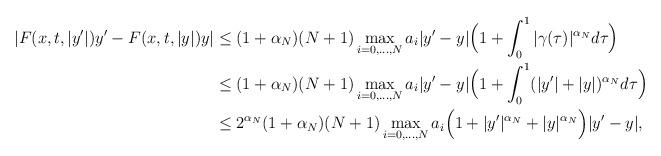
LaTeX: \begin{align*}|F(x,t, |y'|)y'- F(x,t,|y|)y| &\le(1+\alpha_N)(N+1) \max_{i=0,\ldots, N} a_i |y'-y|\Big(1+ \int_0^1 |\gamma(\tau)|^{\alpha_N} d\tau\Big)\\&\le (1+\alpha_N)(N+1) \max_{i=0,\ldots, N}a_i |y'-y|\Big(1+ \int_0^1 (|y'|+ |y|)^{\alpha_N} d\tau\Big) \\&\le 2^{\alpha_N}(1+\alpha_N)(N+1) \max_{i=0,\ldots, N} a_i \Big(1+ |y'|^{\alpha_N}+ |y|^{\alpha_N} \Big)|y'-y|,\end{align*}